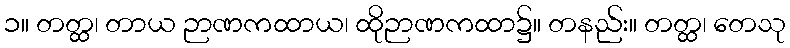
၁။ တတ္ထ၊ တာယ ဉာဏကထာယ၊ ထိုဉာဏကထာ၌။ တနည်း။ တတ္ထ၊ တေသု